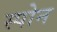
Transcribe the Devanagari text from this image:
स्पोन